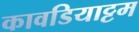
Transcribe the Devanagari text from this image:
कावडियाट्टम